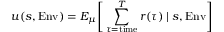
u ( s , \mathrm { E n v } ) = E _ { \mu } { \Bigg [ } \sum _ { \tau = { \mathrm { t i m e } } } ^ { T } r ( \tau ) \mid s , \mathrm { E n v } { \Bigg ] }